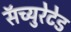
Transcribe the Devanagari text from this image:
सॅच्युरेटेड